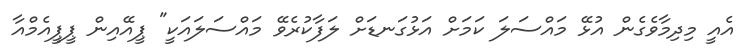
އެއީ މިދިމާވެގެން އުޅޭ މައްސަލަ ކަމަށް އަޅުގަނޑަށް ލަފާކުރެވޭ މައްސަލައަކީ" ޕީއޭއިން ޕީޕީއެމްއާ